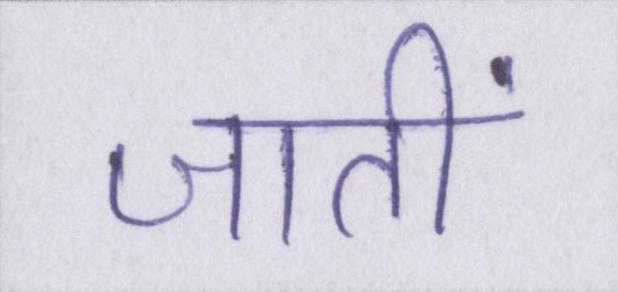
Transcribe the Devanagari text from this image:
जातीं